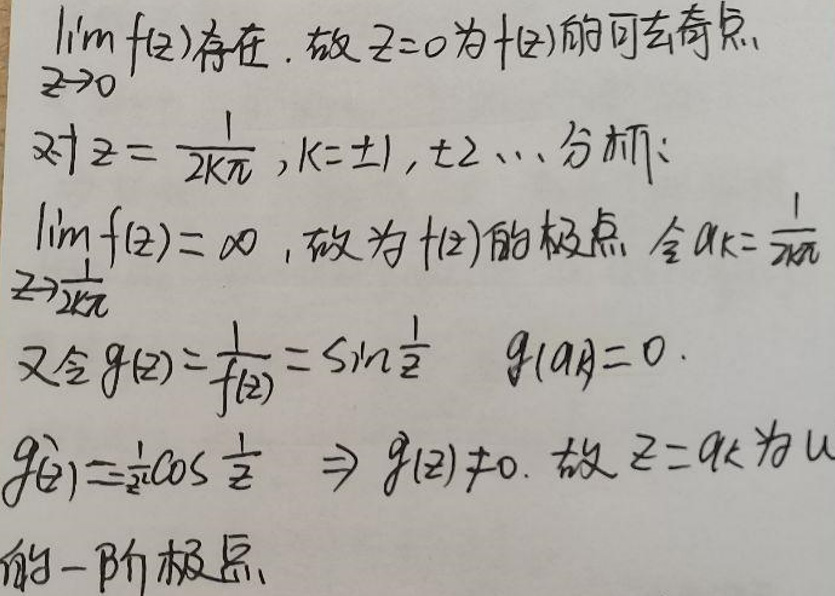

\lim_{z\to0}$f(z)$存在，故$z = 0$为$f(z)$的可去奇点\\
对$z=\frac{2k\pi}{i},k=\pm1,\pm2,\cdots$分別有:\\
$\lim_{z\to\frac{2k\pi}{i}}$f(z)$=\infty,$故为$f(z)$的极点，令$a_{k}=\frac{1}{2k\pi}\\$
又令$g(z)$=\frac{1}{$f(z)$}=\sin\frac{1}{z},g(0)=0\\
$g'(z)=\frac{1}{z^{2}}\cos\frac{1}{z}\Rightarrow g'(z)\neq0,$故$z = a_{k}$为$g(z)$的一阶极点